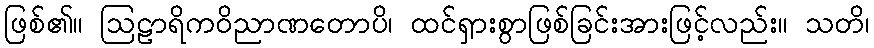
ဖြစ်၏။ ဩဠာရိကဝိညာဏတောပိ၊ ထင်ရှားစွာဖြစ်ခြင်းအားဖြင့်လည်း။ သတိ၊